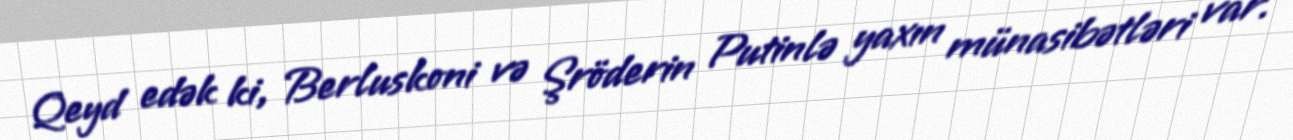
Qeyd edək ki, Berluskoni və Şröderin Putinlə yaxın münasibətləri var.